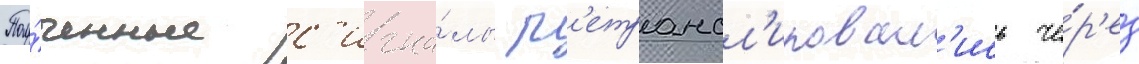
Полу́ченные с'игна́лы р'етрансл'ировал'ись че́р'ез